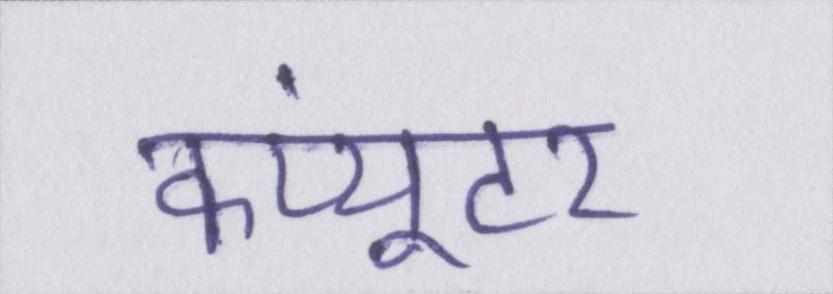
कंप्यूटर